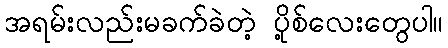
အရမ်းလည်းမခက်ခဲတဲ့ ပို့စ်လေးတွေပါ။